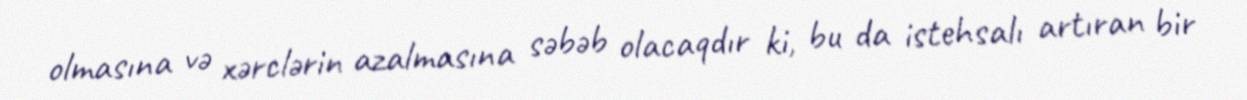
olmasına və xərclərin azalmasına səbəb olacaqdır ki, bu da istehsalı artıran bir